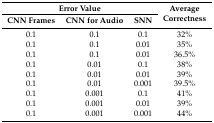
<table><thead><tr><td colspan="3"><b>Error Value</b></td><td rowspan="2"><b>AverageCorrectness</b></td></tr><tr><td><b>CNN Frames</b></td><td><b>CNN for Audio</b></td><td><b>SNN</b></td></tr></thead><tbody><tr><td>0.1</td><td>0.1</td><td>0.1</td><td>32%</td></tr><tr><td>0.1</td><td>0.1</td><td>0.01</td><td>35%</td></tr><tr><td>0.1</td><td>0.1</td><td>0.01</td><td>36.5%</td></tr><tr><td>0.1</td><td>0.01</td><td>0.1</td><td>38%</td></tr><tr><td>0.1</td><td>0.01</td><td>0.01</td><td>39%</td></tr><tr><td>0.1</td><td>0.01</td><td>0.001</td><td>39.5%</td></tr><tr><td>0.1</td><td>0.001</td><td>0.1</td><td>41%</td></tr><tr><td>0.1</td><td>0.001</td><td>0.01</td><td>39%</td></tr><tr><td>0.1</td><td>0.001</td><td>0.001</td><td>44%</td></tr></tbody></table>